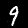
Label: 9